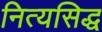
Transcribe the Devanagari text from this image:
नित्यसिद्ध